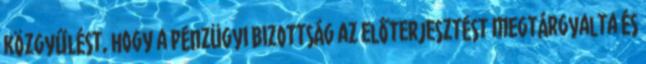
közgyűlést, hogy a Pénzügyi Bizottság az előterjesztést megtárgyalta és